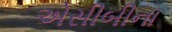
એસીબીના